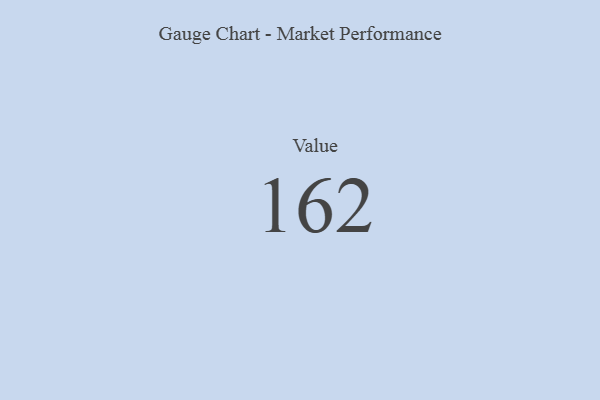
{"axis": {"x": "Metric", "y": "Value"}, "legend": [""], "data": [{"x": "Value", "y": 162, "type": ""}]}